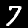
Label: 7